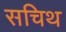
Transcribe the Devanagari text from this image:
सचिथ